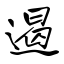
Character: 遏